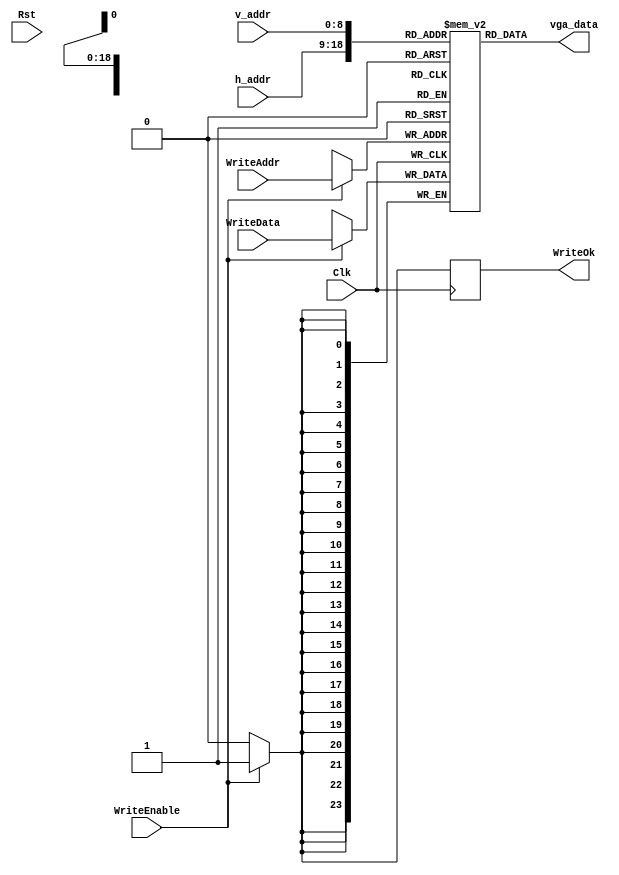
/*
 * @Author: Kai Zhou && zhouk9864@gmail.com
 * @Date: 2022-09-27 10:46:32
 * @LastEditors: Kai Zhou && zhouk9864@gmail.com
 * @LastEditTime: 2022-09-29 20:52:56
 * @FilePath: /Anfield_SOC/vsrc/Anfield/Peripherals/Vga/GMemory.v
 * @Description: NJUSocStdio
 * 
 * Copyright (c) 2022 by Kai Zhou zhouk9864@gmail.com, All Rights Reserved. 
 */

module GMemory(
	input Clk,
	input Rst,
	input [18:0] WriteAddr,
	input [23:0] WriteData,
	input WriteEnable,
	output reg WriteOk,
	output [23:0] vga_data,
	input [9:0] h_addr,
	input [8:0] v_addr
);

reg [23:0] vga_mem [524287:0];

always @(posedge Clk) begin
  if(WriteEnable) begin
	vga_mem[WriteAddr] <= WriteData;
	WriteOk <= 1'b1;
  end else begin
	WriteOk <= 1'b0;
  end
end

assign vga_data = vga_mem[{h_addr, v_addr}];

endmodule